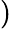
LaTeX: )